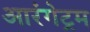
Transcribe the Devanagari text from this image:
आरंगेट्रम